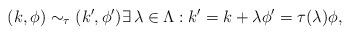
LaTeX: \begin{align*} (k, \phi) \sim_\tau (k', \phi') \exists\, \lambda \in \Lambda : k' = k + \lambda \phi' = \tau(\lambda) \phi, \end{align*}